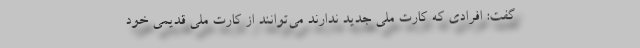
گفت: افرادی که کارت ملی جدید ندارند می‌توانند از کارت ملی قدیمی خود